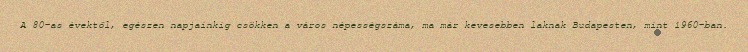
A 80-as évektől, egészen napjainkig csökken a város népességszáma, ma már kevesebben laknak Budapesten, mint 1960-ban.